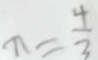
x = \frac { 4 } { 3 }